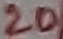
Text: 20